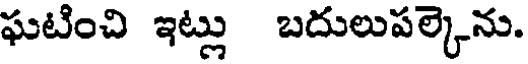
ఘటించి ఇట్లు బదులుపల్కెను.